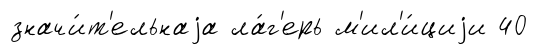
значи́т'ельнаjа ла́г'ерь м'ил'и́циjи 40